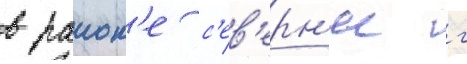
в раион'е с'ев'ерн'ее г